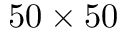
5 0 \times 5 0